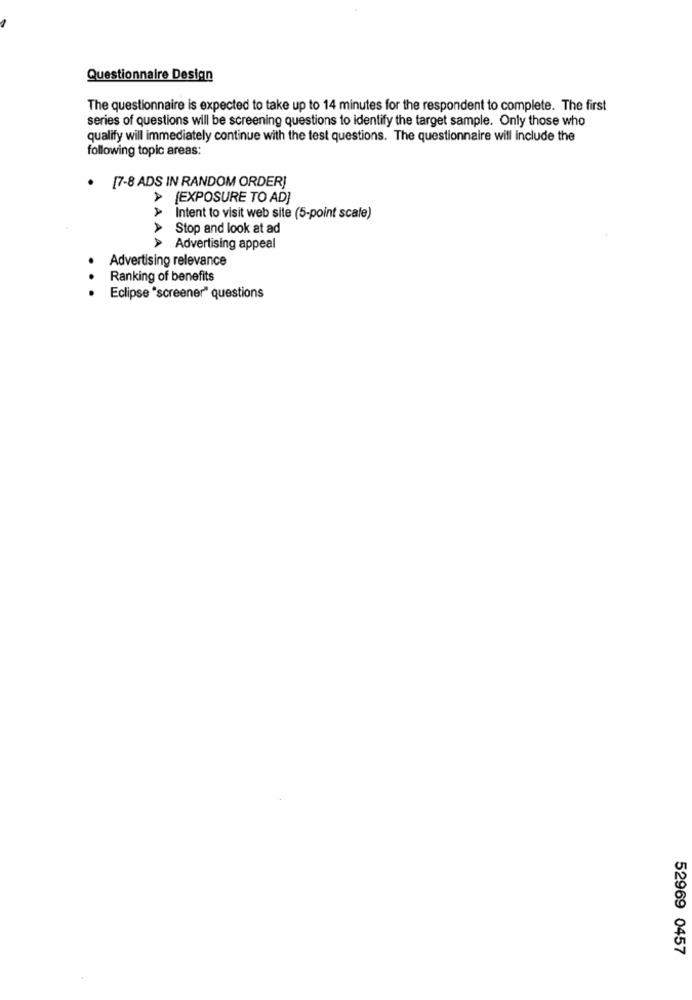
Questionnaire Design
The questionnaire is expected to take up to 14 minutes for the respondent to complete. The first
series of questions will be screening questions to identify the target sample. Only those who
qualify will immediately continue with the test questions. The questionnaire will include the
following topic areas:
. [7-8 ADS IN RANDOM ORDER]
> [EXPOSURE TO AD]
AAA
Intent to visit web site (5-point scale)
Stop and look at ad
A
Advertising appeal
Advertising relevance
. .
Ranking of benefits
Eclipse "screener" questions
52969 0457